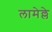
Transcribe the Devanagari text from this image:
लामेल्ले